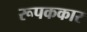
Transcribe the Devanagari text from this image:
रूपककार